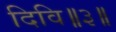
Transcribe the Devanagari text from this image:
दिवि॥३॥